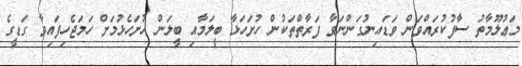
މަޢުލޫމާތު ސާފުކުރައްވަން ވަޑައިނުގަންނަވާ ފަރާތްތަކުން ހުށަހަޅާ ބީލަމާއި ބީލަން ހުށަހެޅުމަށް ހަމަޖެހިފައިވާ ގަޑީގެ